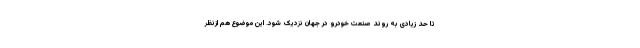
تا حد زیادی به روند صنعت خودرو در جهان نزدیک شود. این موضوع هم ازنظر